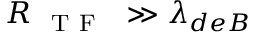
R _ { \mathrm { ~ { ~ T ~ F ~ } ~ } } \gg \lambda _ { d e B }